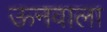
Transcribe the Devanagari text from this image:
ऊनवाला